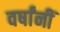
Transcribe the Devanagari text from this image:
वर्षांनीं